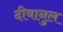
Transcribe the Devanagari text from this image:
दीवानुल